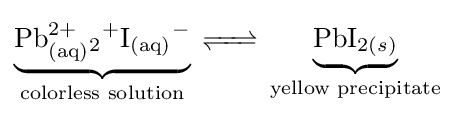
\underbrace {\ce {{Pb_{(aq)}^{2+}}+2I_{(aq)}^{-}}} _{\text{colorless solution}}{\ce {<=>}}\underbrace {\ce {PbI_{2(s)}}} _{\text{yellow precipitate}}